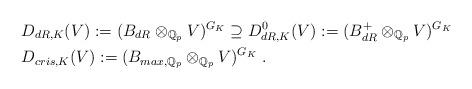
LaTeX: \begin{align*} & D_{dR,K}(V) := (B_{dR} \otimes_{\mathbb{Q}_p}V)^{G_K} \supseteq D_{dR,K}^0(V):= (B_{dR}^+ \otimes_{\mathbb{Q}_p}V)^{G_K} \quad \\ & D_{cris,K}(V) := (B_{max,\mathbb{Q}_p}\otimes_{\mathbb{Q}_p}V)^{G_K} \ .\end{align*}